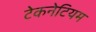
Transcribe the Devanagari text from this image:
टेकनेटियम